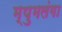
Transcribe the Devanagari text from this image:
म्पुमलंगा